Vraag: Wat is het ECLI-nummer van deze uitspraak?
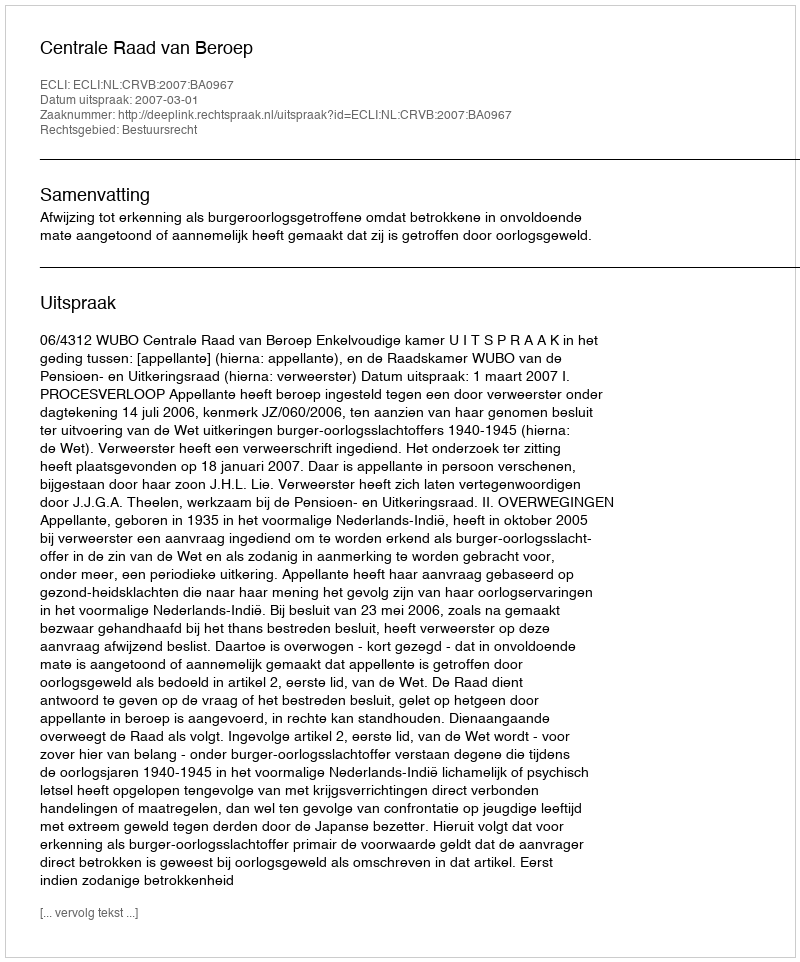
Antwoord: ECLI:NL:CRVB:2007:BA0967